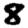
Digit: 8